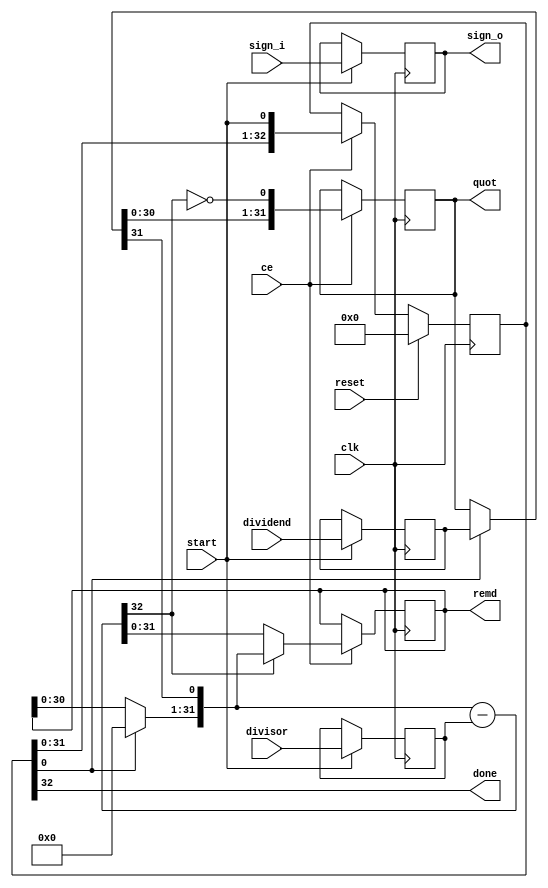
// ==============================================================
// Vitis HLS - High-Level Synthesis from C, C++ and OpenCL v2020.3 (64-bit)
// Copyright 1986-2021 Xilinx, Inc. All Rights Reserved.
// ==============================================================
`timescale 1 ns / 1 ps

module inPlaceNTT_DIT_srem_64ns_64ns_64_68_seq_1_u
#(parameter
    in0_WIDTH = 32,
    in1_WIDTH = 32,
    out_WIDTH = 32
)
(
    input                       clk,
    input                       reset,
    input                       ce,
    input                       start,
    input       [in0_WIDTH-1:0] dividend,
    input       [in1_WIDTH-1:0] divisor,
    input       [1:0]           sign_i,
    output wire [1:0]           sign_o,
    output wire                 done,
    output wire [out_WIDTH-1:0] quot,
    output wire [out_WIDTH-1:0] remd
);

localparam cal_WIDTH = (in0_WIDTH > in1_WIDTH)? in0_WIDTH : in1_WIDTH;

//------------------------Local signal-------------------
reg     [in0_WIDTH-1:0] dividend0;
reg     [in1_WIDTH-1:0] divisor0;
reg     [1:0]           sign0;
reg     [in0_WIDTH-1:0] dividend_tmp;
reg     [in0_WIDTH-1:0] remd_tmp;
wire    [in0_WIDTH-1:0] dividend_tmp_mux;
wire    [in0_WIDTH-1:0] remd_tmp_mux;
wire    [in0_WIDTH-1:0] comb_tmp;
wire    [cal_WIDTH:0]   cal_tmp;

//------------------------Body---------------------------
assign  quot   = dividend_tmp;
assign  remd   = remd_tmp;
assign  sign_o = sign0;

// dividend0, divisor0
always @(posedge clk)
begin
    if (start) begin
        dividend0 <= dividend;
        divisor0  <= divisor;
        sign0     <= sign_i;
    end
end

// One-Hot Register
// r_stage[0]=1:accept input; r_stage[in0_WIDTH]=1:done
reg     [in0_WIDTH:0]     r_stage;
assign done = r_stage[in0_WIDTH];
always @(posedge clk)
begin
    if (reset == 1'b1)
        r_stage[in0_WIDTH:0] <= {in0_WIDTH{1'b0}};
    else if (ce)
        r_stage[in0_WIDTH:0] <= {r_stage[in0_WIDTH-1:0], start};
end

// MUXs
assign  dividend_tmp_mux = r_stage[0]? dividend0 : dividend_tmp;
assign  remd_tmp_mux     = r_stage[0]? {in0_WIDTH{1'b0}} : remd_tmp;

if (in0_WIDTH == 1) assign comb_tmp = dividend_tmp_mux[0];
else                assign comb_tmp = {remd_tmp_mux[in0_WIDTH-2:0], dividend_tmp_mux[in0_WIDTH-1]};

assign  cal_tmp  = {1'b0, comb_tmp} - {1'b0, divisor0};

always @(posedge clk)
begin
    if (ce) begin
        if (in0_WIDTH == 1) dividend_tmp <= ~cal_tmp[cal_WIDTH];
        else           dividend_tmp <= {dividend_tmp_mux[in0_WIDTH-2:0], ~cal_tmp[cal_WIDTH]};
        remd_tmp     <= cal_tmp[cal_WIDTH]? comb_tmp : cal_tmp[in0_WIDTH-1:0];
    end
end

endmodule

module inPlaceNTT_DIT_srem_64ns_64ns_64_68_seq_1
#(parameter
        ID   = 1,
        NUM_STAGE   = 2,
        din0_WIDTH   = 32,
        din1_WIDTH   = 32,
        dout_WIDTH   = 32
)
(
        input                           clk,
        input                           reset,
        input                           ce,
        input                           start,
        output  reg                     done,
        input           [din0_WIDTH-1:0] din0,
        input           [din1_WIDTH-1:0] din1,
        output          [dout_WIDTH-1:0] dout
);
//------------------------Local signal-------------------
reg                       start0 = 'b0;
wire                      done0;
reg     [din0_WIDTH-1:0] dividend0;
reg     [din1_WIDTH-1:0] divisor0;
wire    [din0_WIDTH-1:0] dividend_u;
wire    [din1_WIDTH-1:0] divisor_u;
wire    [dout_WIDTH-1:0] quot_u;
wire    [dout_WIDTH-1:0] remd_u;
reg     [dout_WIDTH-1:0] quot;
reg     [dout_WIDTH-1:0] remd;
wire    [1:0]   sign_i;
wire    [1:0]   sign_o;
//------------------------Instantiation------------------
inPlaceNTT_DIT_srem_64ns_64ns_64_68_seq_1_u #(
    .in0_WIDTH      ( din0_WIDTH ),
    .in1_WIDTH      ( din1_WIDTH ),
    .out_WIDTH      ( dout_WIDTH )
) inPlaceNTT_DIT_srem_64ns_64ns_64_68_seq_1_u_0 (
    .clk      ( clk ),
    .reset    ( reset ),
    .ce       ( ce ),
    .start    ( start0 ),
    .done     ( done0 ),
    .dividend ( dividend_u ),
    .divisor  ( divisor_u ),
    .sign_i   ( sign_i ),
    .sign_o   ( sign_o ),
    .quot     ( quot_u ),
    .remd     ( remd_u )
);
//------------------------Body---------------------------
assign sign_i     = {dividend0[din0_WIDTH-1] ^ divisor0[din1_WIDTH-1], dividend0[din0_WIDTH-1]};
assign dividend_u = dividend0[din0_WIDTH-1]? ~dividend0[din0_WIDTH-1:0] + 1'b1 :
                                              dividend0[din0_WIDTH-1:0];
assign divisor_u  = divisor0[din1_WIDTH-1]?  ~divisor0[din1_WIDTH-1:0] + 1'b1 :
                                              divisor0[din1_WIDTH-1:0];

always @(posedge clk)
begin
    if (ce) begin
        dividend0 <= din0;
        divisor0  <= din1;
        start0    <= start;
    end
end

always @(posedge clk)
begin
    done <= done0;
end

always @(posedge clk)
begin
    if (done0) begin
        if (sign_o[1])
            quot <= ~quot_u + 1'b1;
        else
            quot <= quot_u;
    end
end

always @(posedge clk)
begin
    if (done0) begin
        if (sign_o[0])
            remd <= ~remd_u + 1'b1;
        else
            remd <= remd_u;
    end
end

assign dout = remd;

endmodule